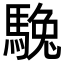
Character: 𩣮